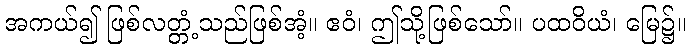
အကယ်၍ ဖြစ်လတ္တံ့သည်ဖြစ်အံ့။ ဧဝံ၊ ဤသို့ဖြစ်သော်။ ပထဝိယံ၊ မြေ၌။